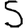
Digit: 5